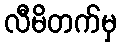
လီမိတက်မှ